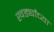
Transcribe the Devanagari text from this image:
खर्ड्यांच्या